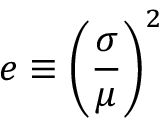
e \equiv \left( { \frac { \sigma } { \mu } } \right) ^ { 2 }